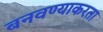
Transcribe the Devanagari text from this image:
बनवण्याकरता